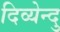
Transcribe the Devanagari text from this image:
दिव्येन्दु